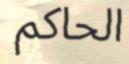
الحاكم